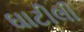
ઘાટીલી